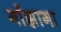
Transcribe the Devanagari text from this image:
गाँझागा